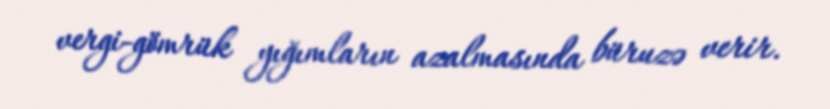
vergi-gömrük yığımların azalmasında büruzə verir.